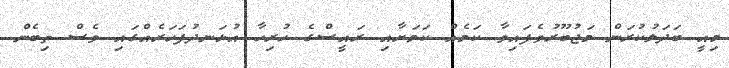
މިއީ ބަދަލުކުރަން މަޖުބޫރުވެފައިވާ ކަމެއް ކަމަށާއި ރައީސްގެ ހުރިހާ އުޅަނދުފަހަރެއްގައި ވެސް ތިބެން